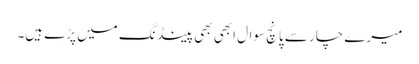
میرے چار سے پانچ سوال ابھی بھی پینڈ نگ میں پڑے ہیں۔